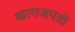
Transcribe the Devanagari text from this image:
कागजपत्रों